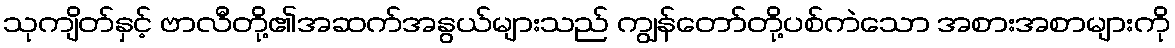
သုကျိတ်နှင့် ဗာလီတို့၏အဆက်အနွယ်များသည် ကျွန်တော်တို့ပစ်ကဲသော အစားအစာများကို